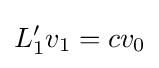
\displaystyle {L_{1}^{\prime }v_{1}=cv_{0}}